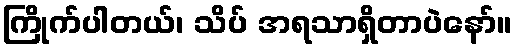
ကြိုက်ပါတယ်၊ သိပ် အရသာရှိတာပဲနော်။